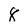
Character: 8